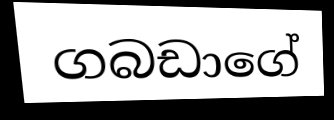
ගබඩාගේ